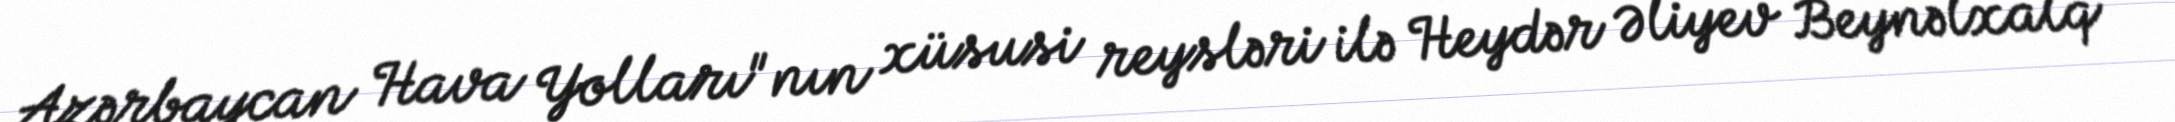
Azərbaycan Hava Yolları"nın xüsusi reysləri ilə Heydər Əliyev Beynəlxalq